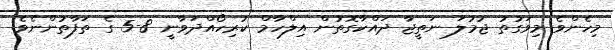
މިހެންވެ މިވަގުތު ޖުމުލަ ނަތީޖާ ދައްކާގޮތުން އިލްހާމް ކުރިހޯއްދަވާނީ 8-5 ގެ ތަފާތުންނެވެ.